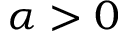
\alpha > 0